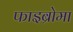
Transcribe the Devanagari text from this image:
फाइब्रोमा